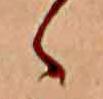
ゝ